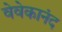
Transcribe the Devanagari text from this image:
वेवेकानंद